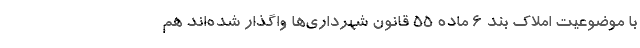
با موضوعیت املاک بند ۶ ماده ۵۵ قانون شهرداری‌ها واگذار شده‌اند هم